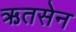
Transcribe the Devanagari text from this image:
ऋतसेन